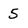
Character: 5